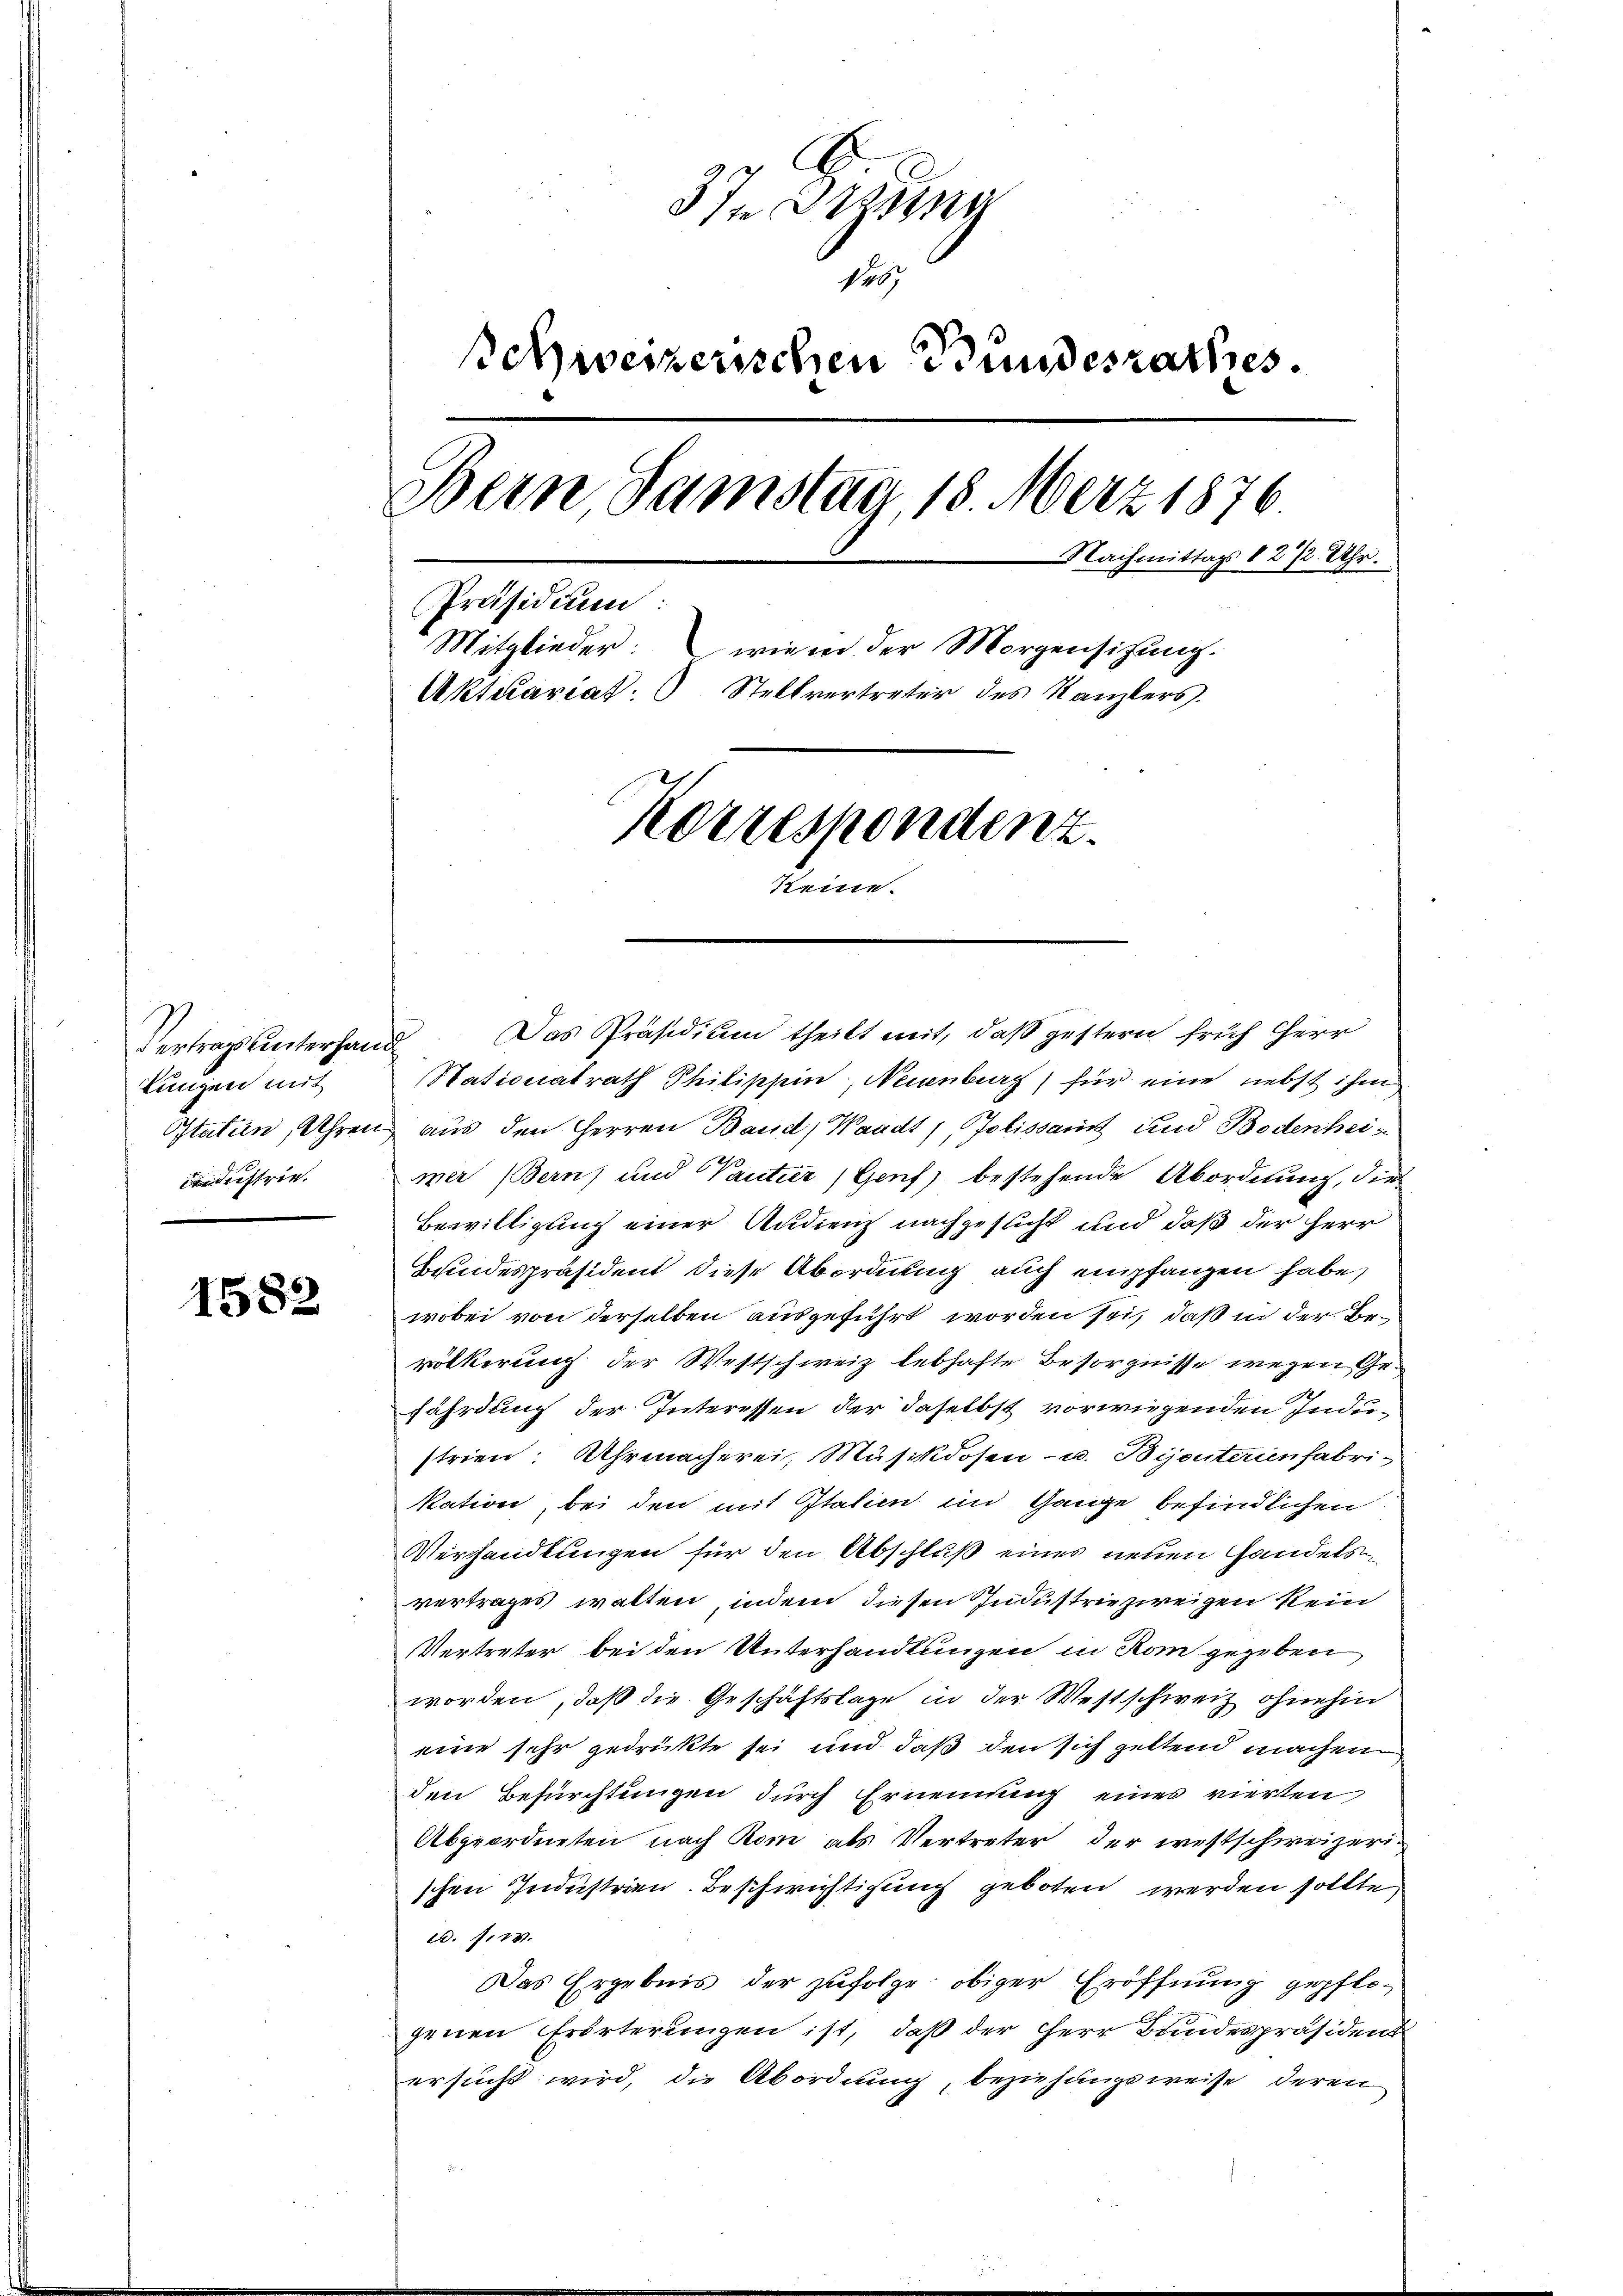
Vertragsunterhand
Lungen mit
idustrie.

1582

A.
3In Ortsna
Pob
schweizerischen Bundesrathes.
Bern, Samstag, 18. März 1876
Nachmittags 8 2/2 Uhr.
Präsidium:
Mitglieder: wie in der Morgensitzung.
Aktuariat. Stellvertreter des Kanzlers.
Korrespondenz.
keine.

Das Präsidium theilt mit, daß gestern früh herr
Stationalrath Philippin, Neuenburg) für eine nebst ihm
Statien, Uhren aus den Herren Baud, Waadt, Jolissant und Bodenheimer (Bern) und Pantier, Genf) bestehende Abordnung, die
Bewilligung einer Audienz nachgesucht und daß der Herr
Bundespräsident diese Abordnung auch empfanzen habe,
wobei von derselben ausgeführt worden sei, daß in der Bevölkerung der Westschweiz lebhafte Besorgnisse wegen Gefährdung der Interessen der daselbst vorwiegenden Industrien. Uhrmacherei, Musikdosen- u. Bisenterienfabri-
kation, bei den mit Italien im Gange befindlichen
Verhandlungen für den Abschluß eines neuen Gandelsvertrages walten, indem diesen Industriezereigen kein
Vertreter bei den Unterhandlungen in Rom gegeben
worden, daß die Geschäftslage in der Westschweiz ohnehin
eine sehr gedrükte sei und daß den sich geltend machen
den Befürchtungen durch Ernennung eines vierten
Abgeordneten nach Rom als Vertreter der westschweizerischen Industrien. Beschwichtigung geboten werden sollte,
. f. 74.
Das Ergebnis der zufolge obiger Eröffnung gepflogenen Erörterungen ist, daß der Herr Bundespräsident
ersucht wird, die Abordnung, beziehungsweise deren